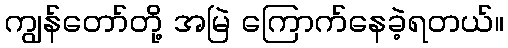
ကျွန်တော်တို့ အမြဲ ကြောက်နေခဲ့ရတယ်။